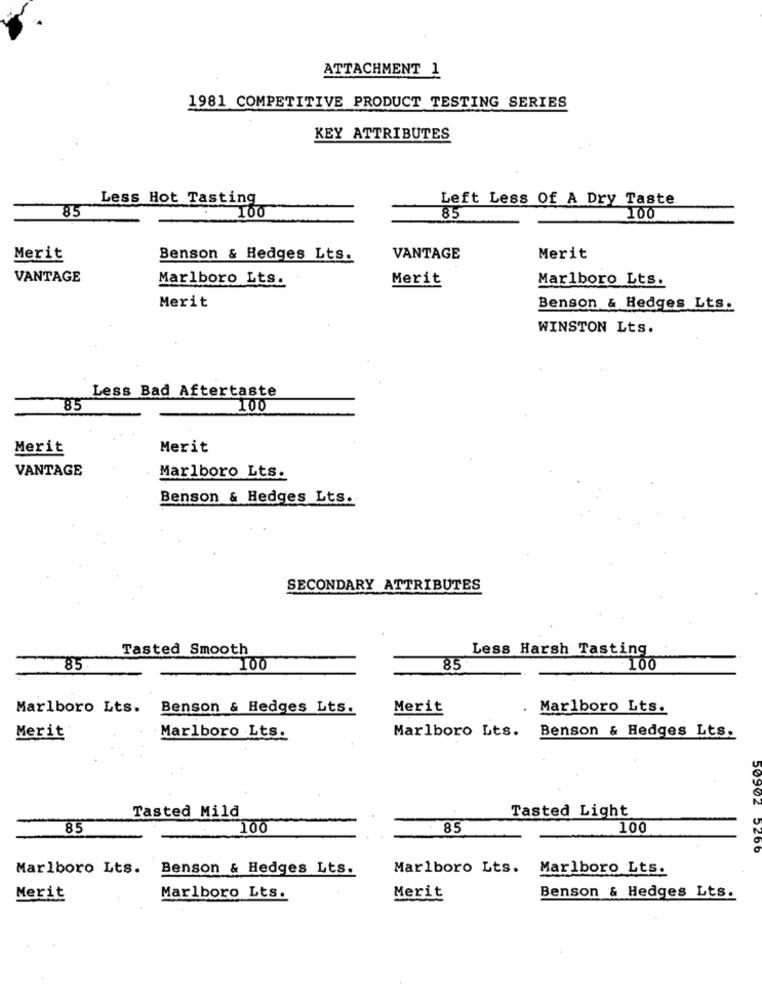
ATTACHMENT 1
1981 COMPETITIVE PRODUCT TESTING SERIES
KEY ATTRIBUTES
Less Hot Tasting
Left Less Of A Dry Taste
85
100
85
100
Merit
Benson & Hedges Lts.
VANTAGE
Merit
VANTAGE
Marlboro Lts.
Merit
Marlboro Lts.
Merit
Benson & Hedges Lts.
WINSTON Lts.
Less Bad Aftertaste
85
100
Merit
Merit
VANTAGE
Marlboro Lts.
Benson & Hedges Lts.
SECONDARY ATTRIBUTES
Tasted Smooth
Less Harsh Tasting
85
100
85
100
Marlboro Lts.
Benson & Hedges Lts.
Merit
Marlboro Lts.
Merit
Marlboro Lts.
Marlboro Lts.
Benson & Hedges Lts.
Tasted Light
Tasted Mild
85
100
85
100
50902 5260
Marlboro Lts.
Benson & Hedges Lts.
Marlboro Lts.
Marlboro Lts.
Merit
Marlboro Lts.
Merit
Benson & Hedges Lts.